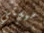
ميستي